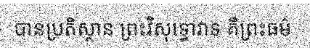
បានប្រតិស្ថាន ព្រះវិសុទ្ធោវាទ គឺព្រះធម៌